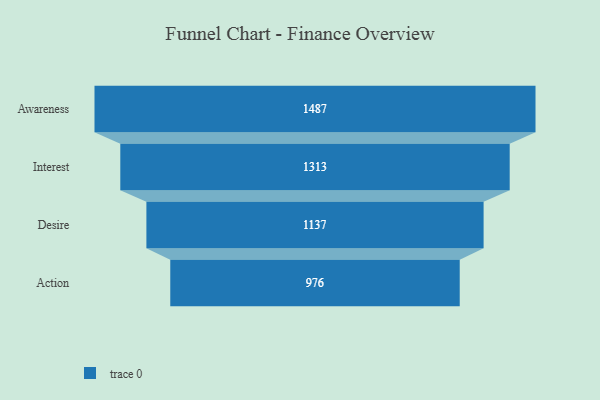
{"axis": {"x": "Stage", "y": "Value"}, "legend": [""], "data": [{"x": "Awareness", "y": 1487.0, "type": ""}, {"x": "Interest", "y": 1313.0, "type": ""}, {"x": "Desire", "y": 1137.0, "type": ""}, {"x": "Action", "y": 976.0, "type": ""}]}